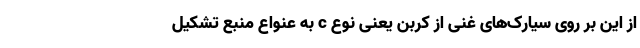
از این بر روی سیارک‌های غنی از کربن یعنی نوع‌ c به عنواع منبع تشکیل